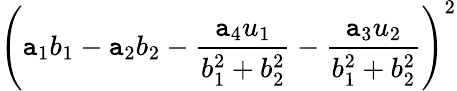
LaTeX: \left(\mathtt{a}_{1}b_{1}-\mathtt{a}_{2}b_{2}-{\frac{{\mathtt{a}_{4}u_{1}}}{{b_{1}^{2}+b_{2}^{2}}}}-{\frac{{\mathtt{a}_{3}u_{2}}}{{b_{1}^{2}+b_{2}^{2}}}}\right)^{2}